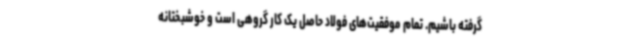
گرفته باشیم. تمام موفقیت‌های فولاد حاصل یک کار گروهی است و خوشبختانه